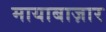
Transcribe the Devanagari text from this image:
मायाबाज़ार